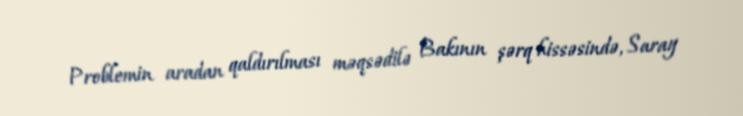
Problemin aradan qaldırılması məqsədilə Bakının şərq hissəsində, Saray